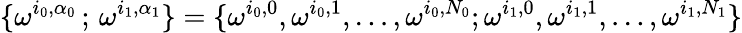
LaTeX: \{ \omega^{i_{0},\alpha_{0}}\, ;\, \omega^{i_{1},\alpha_{1}}\} =\{ \omega^{i_{0},0},\omega^{i_{0},1},\ldots,\omega^{i_{0},N_{0}};\omega^{i_{1},0},\omega^{i_{1},1},\ldots,\omega^{i_{1},N_{1}}\}